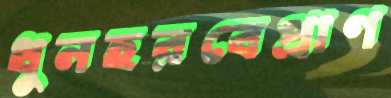
ধুনহরবেপ্রাণ